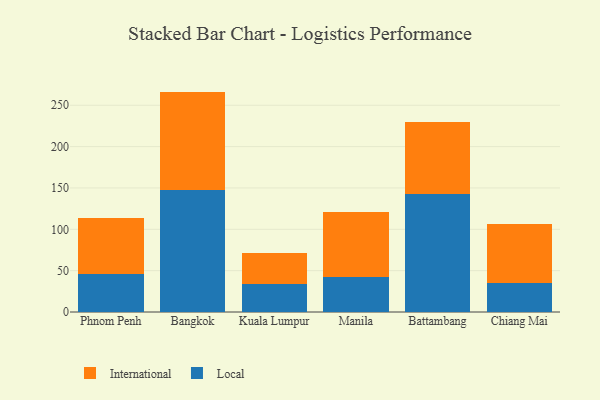
{"axis": {"x": "City", "y": "LTV (USD)"}, "legend": ["International", "Local"], "data": [{"x": "Phnom Penh", "y": 46.0, "type": "Local"}, {"x": "Phnom Penh", "y": 67.7, "type": "International"}, {"x": "Bangkok", "y": 147.8, "type": "Local"}, {"x": "Bangkok", "y": 118.7, "type": "International"}, {"x": "Kuala Lumpur", "y": 34.2, "type": "Local"}, {"x": "Kuala Lumpur", "y": 37.1, "type": "International"}, {"x": "Manila", "y": 42.9, "type": "Local"}, {"x": "Manila", "y": 78.3, "type": "International"}, {"x": "Battambang", "y": 142.8, "type": "Local"}, {"x": "Battambang", "y": 87.0, "type": "International"}, {"x": "Chiang Mai", "y": 35.0, "type": "Local"}, {"x": "Chiang Mai", "y": 70.9, "type": "International"}]}